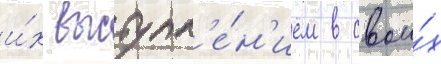
и́х выступл'е́н'ием в свои́х